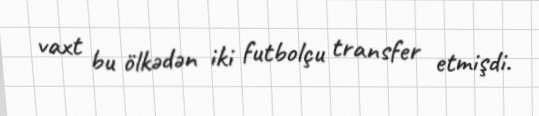
vaxt bu ölkədən iki futbolçu transfer etmişdi.